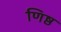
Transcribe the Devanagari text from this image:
णिष्ठ